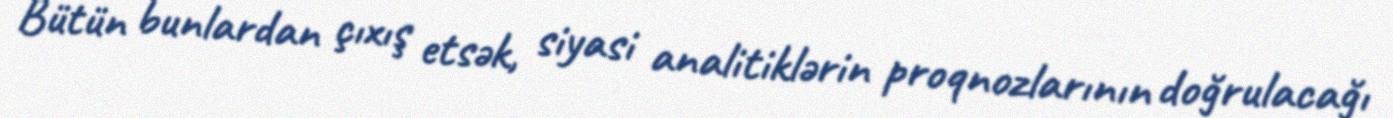
Bütün bunlardan çıxış etsək, siyasi analitiklərin proqnozlarının doğrulacağı